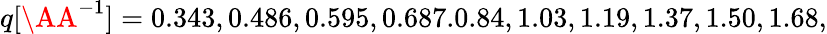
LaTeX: q[\AA^{-1}]=0.343,0.486,0.595,0.687.0.84,1.03,1.19,1.37,1.50,1.68,